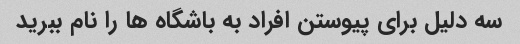
سه دلیل برای پیوستن افراد به باشگاه ها را نام ببرید